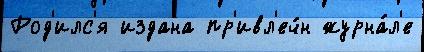
Род'илс'я издана пр'ивл'еч́н журна́л'е